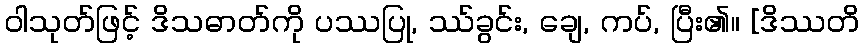
ဝါသုတ်ဖြင့် ဒိသဓာတ်ကို ပဿပြု, ဿ်ခွင်း, ချေ, ကပ်, ပြီး၏။ [ဒိဿတိ